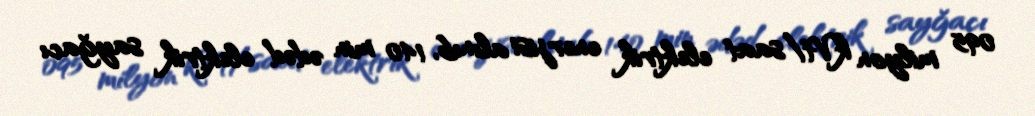
095 milyon kVt/saat elektrik enerjisi alınıb, 140 min ədəd elektrik sayğacı